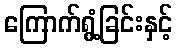
ကြောက်ရွံ့ခြင်းနှင့်